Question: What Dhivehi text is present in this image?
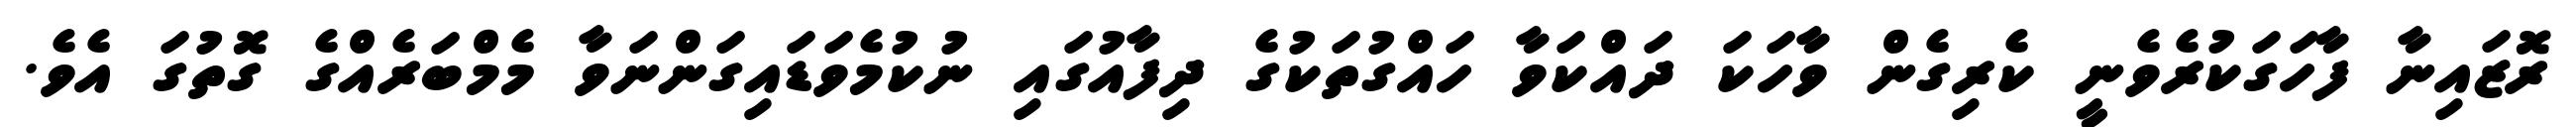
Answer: ރޮޒައިނާ ފާހަގަކުރެވެނީ ކެރިގެން ވާހަކަ ދައްކަވާ ހައްގުތަކުގެ ދިފާއުގައި ނުކުމެވަޑައިގަންނަވާ މެމްބަރެއްގެ ގޮތުގަ އެވެ.